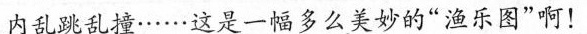
内乱跳乱撞……这是一幅多么美妙的”渔乐图”啊！